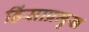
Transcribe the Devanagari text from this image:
हिंसाप्रमुख